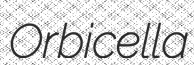
Orbicella